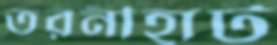
তরনীহাট